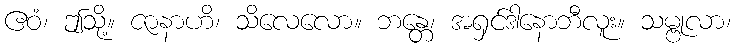
ဧဝံ၊ ဤသို့။ ဇာနာဟိ၊ သိလေလော။ ဘန္တေ၊ အရှင်ဒါနောဘီလူး။ သမ္ဗုလာ၊